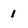
Character: I